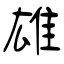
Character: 雄